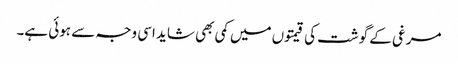
مرغی کے گوشت کی قیمتوں میں کمی بھی شاید اسی وجہ سے ہوئی ہے۔